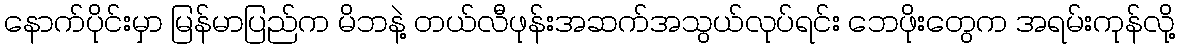
နောက်ပိုင်းမှာ မြန်မာပြည်က မိဘနဲ့ တယ်လီဖုန်းအဆက်အသွယ်လုပ်ရင်း ဘေဖိုးတွေက အရမ်းကုန်လို့